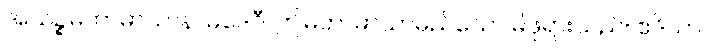
အယဉ္စမဟာမာယာနာမဒေဝီ၊ ဤမဟာမာယာမည်သော မိဖုရားသည်။ ဧဒိသာ၊